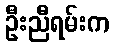
ဦးညီရမ်းက